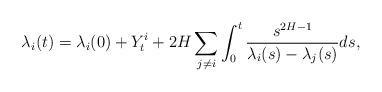
LaTeX: \begin{align*}\lambda_{i}(t)=\lambda_{i}(0)+Y_{t}^{i}+2H\sum_{j\not =i}\int_{0}^{t}\frac{s^{2H-1}}{\lambda_{i}(s)-\lambda_{j}(s)}ds, \end{align*}